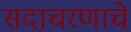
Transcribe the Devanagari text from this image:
सदाचरणाचे